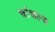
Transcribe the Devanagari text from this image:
चांचल्य